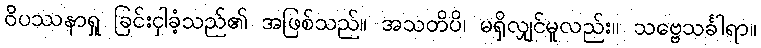
ဝိပဿနာရှု ခြင်းငှါခံ့သည်၏ အဖြစ်သည်။ အသတိပိ၊ မရှိလျှင်မူလည်း။ သဗ္ဗေသင်္ခါရာ။